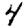
Digit: 4